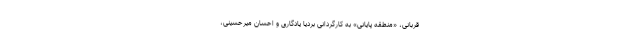
قربانی، «منطقه پایانی» به کارگردانی بردیا یادگاری و احسان میرحسینی،